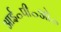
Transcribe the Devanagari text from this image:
आई॰पी॰ओ॰